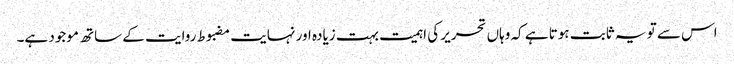
اس سے تو یہ ثابت ہوتا ہے کہ وہاں تحریر کی اہمیت بہت زیادہ اور نہایت مضبوط روایت کے ساتھ موجود ہے۔